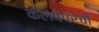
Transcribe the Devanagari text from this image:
कलपेपरची